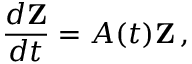
\frac { d \bf Z } { d t } = { \cal A } ( t ) { \bf Z } \, ,